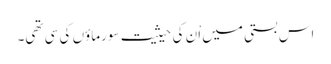
اس بستی میں اْن کی حیثیت سورماؤں کی سی تھی۔